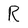
Character: R